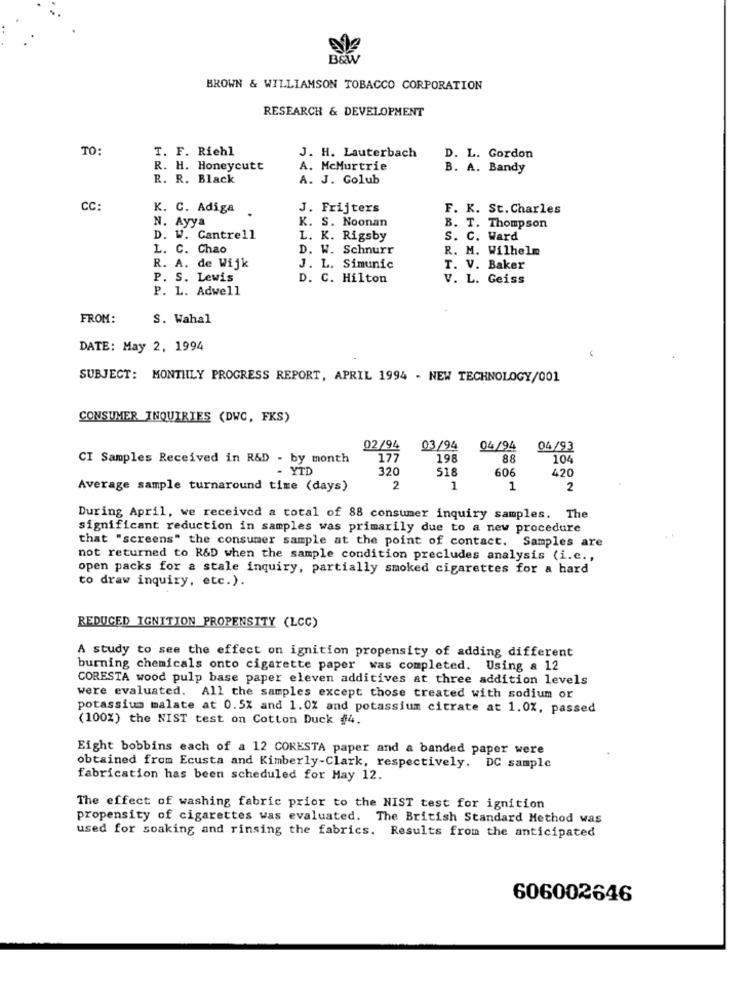
BEW
BROWN & WILLIAMSON TOBACCO CORPORATION
RESEARCH & DEVELOPMENT
TO:
T. F. Riehl
J. H. Lauterbach
D. L. Gordon
R. H. Honeycutt
A. McMurtrie
B. A. Bandy
R. R. Black
A. J. Golub
CC:
K. C. Adiga
J. Frijters
F. K. St. Charles
K. S. Noonan
N. Ayya
B. T. Thompson
D. W. Cantrell
L. K. Rigsby
S. C. Ward
L. C. Chao
D. W. Schnurr
R. M. Wilhelm
R. A. de Wijk
J. L. Simunic
T. V. Baker
P. S. Lewis
D. C. Hilton
V. L. Geiss
P. L. Adwell
FROM:
S. Wahal
DATE: May 2, 1994
SUBJECT: MONTHLY PROGRESS REPORT, APRIL 1994 - NEW TECHNOLOGY/001
CONSUMER INQUIRIES (DWC, FKS)
02/94
03/94
04/94
04/93
CI Samples Received in R&D - by month
177
198
88
104
- YTD
320
518
606
420
Average sample turnaround time (days)
2
1
1
2
During April, we received a total of 88 consumer inquiry samples. The
significant reduction in samples was primarily due to a new procedure
that "screens" the consumer sample at the point of contact. Samples are
not returned to R&D when the sample condition precludes analysis (i.c .,
open packs for a stale inquiry, partially smoked cigarettes for a hard
to draw inquiry, etc.).
REDUCED IGNITION PROPENSITY (LCC)
A study to see the effect on ignition propensity of adding different
burning chemicals onto cigarette paper was completed. Using a 12
CORESTA wood pulp base paper eleven additives at three addition levels
were evaluated. All the samples except those treated with sodium or
potassium malate at 0.5% and 1.0% and potassium citrate at 1.0%, passed
(100%) the NIST test on Cotton Duck #4.
Eight bobbins each of a 12 CORESTA paper and a banded paper were
obtained from Ecusta and Kimberly-Clark, respectively. DC sample
fabrication has been scheduled for May 12.
The effect of washing fabric prior to the NIST test for ignition
propensity of cigarettes was evaluated. The British Standard Method was
used for soaking and rinsing the fabrics. Results from the anticipated
606002646